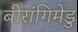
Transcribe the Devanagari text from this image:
बीरांगिमेडु